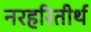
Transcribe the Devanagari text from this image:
नरहरितीर्थ